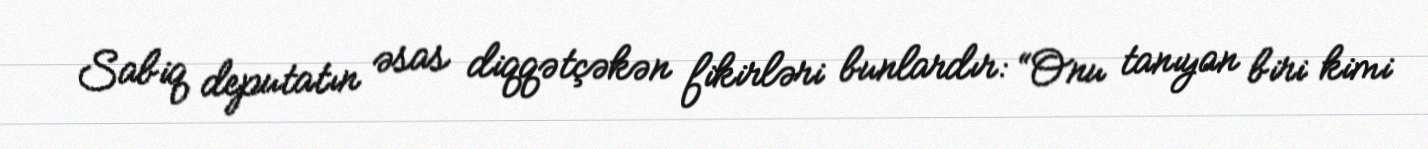
Sabiq deputatın əsas diqqətçəkən fikirləri bunlardır: “Onu tanıyan biri kimi